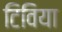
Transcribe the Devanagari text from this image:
टिविया